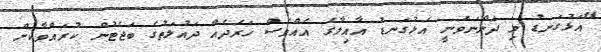
"އަޅުގަނޑު މި ދަންނަވަނީ އަޅުގަނޑު އާއިލާގެ އެއްވެސް ހަރަދެއް ދައުލަތުގެ ބަޖެޓުން ކުރައްވާކަށް